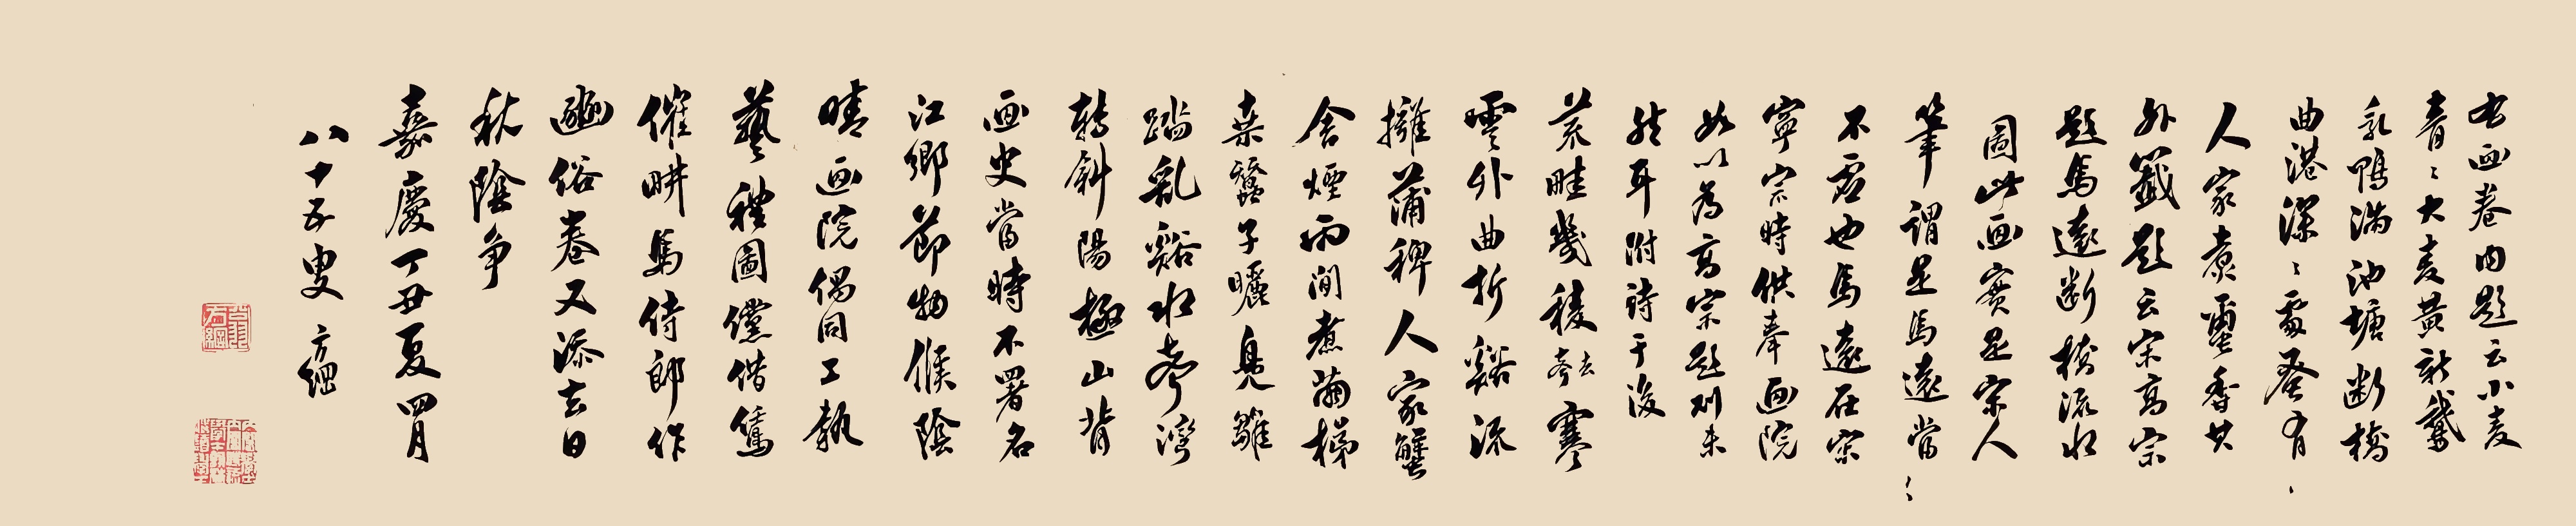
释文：右画卷年内题云：小麦青青大麦黄，新鹅乳鸭满池塘。断桥曲港深深处，早有人家煮蠒香。其外签题云：宋高宗题马远断桥流水图。此画实是宋人笔，谓马远当不虚也。马远在宋宁宗时供奉画院。如以为高宗题，则未然耳。附诗于后：荒畦几棱（声去）寒云外。曲折溪流拥蒲稗，人家蟹舍烟雨间。煮茧梯桑蚕蠺子晒。凫雏踏乱溪水声，湾转斜阳极山背。画史当时不署名，江乡节物候阴晴。画院偶同工执艺礼图。倘借鵀催耕马侍郎作豳俗卷，又添去日秋阴争。嘉庆丁丑夏四月八十五叟方纲。印文：翁方纲、内阁学士内阁传读学士翰林侍读学士